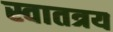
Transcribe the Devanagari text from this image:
स्वातत्रय